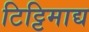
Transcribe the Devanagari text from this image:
टिट्टिमाद्य